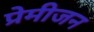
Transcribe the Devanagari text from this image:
प्रेमीजन